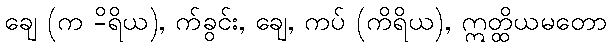
ချေ (က -ိရိယ), က်ခွင်း, ချေ, ကပ် (ကိရိယ), ဣတ္ထိယမတော